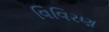
વિવિરણ